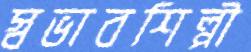
স্বভাবশিল্পী